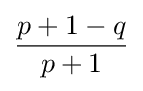
{\frac {p+1-q}{p+1}}